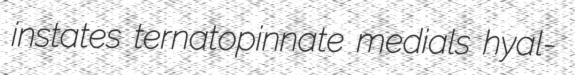
instates ternatopinnate medials hyal-